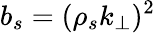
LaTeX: b_{s}=(\rho_{s}k_{\perp})^{2}